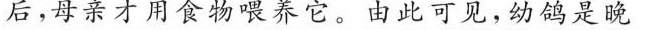
后，母亲才用食物喂养它。由此可见，幼鸽是晚